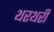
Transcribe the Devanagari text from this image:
थरथरी